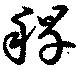
稈